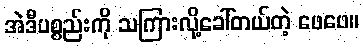
အဲဒီပစ္စည်းကို သကြားလို့ခေါ်တယ်တဲ့ ဖေဖေ။